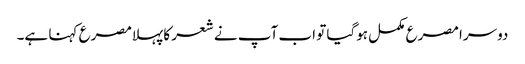
دوسرا مصرع مکمل ہوگیا تو اب آپ نے شعر کا پہلامصرع کہنا ہے۔